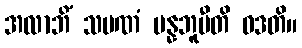
အလာဘိံ သမဏံ ပန္နဘူမီတိ ဝဒတိ။